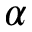
\alpha